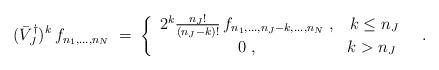
LaTeX: \begin{align*}(\bar{V}_J^\dagger)^k \, f_{n_1,\ldots,n_N} \;=\; \left\{ \begin{array}{cc} 2^k \frac{n_J!}{(n_J-k)!} \, f_{n_1,\ldots,n_J-k,\ldots,n_N} \;, & k \le n_J \\ 0 \;, & k > n_J \ \end{array} \right. \;\;.\end{align*}